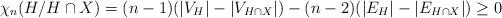
LaTeX: \begin{align*} \chi_n(H/H\cap X)=(n-1)(|V_{H}|-|V_{H\cap X}|)-(n-2)(|E_{H}|-|E_{H\cap X}|)\geq 0\end{align*}